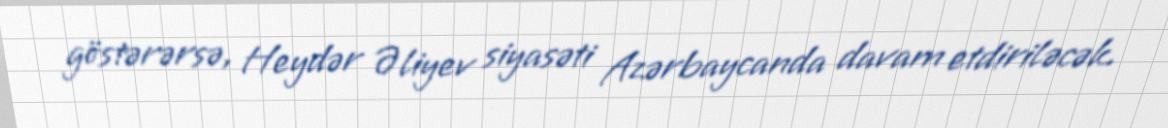
göstərərsə, Heydər Əliyev siyasəti Azərbaycanda davam etdiriləcək.